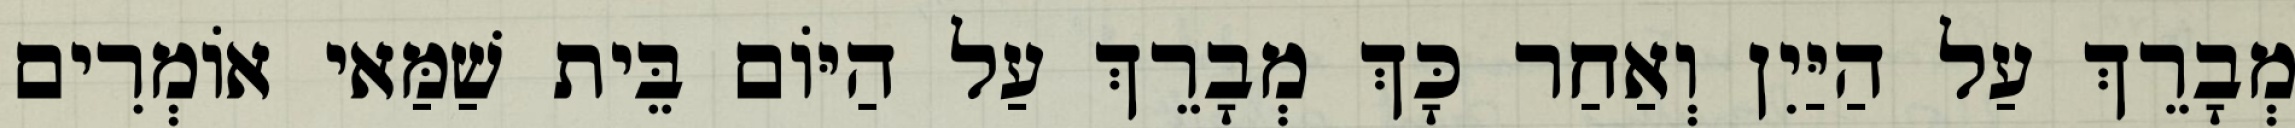
מְבָרֵךְ עַל הַיַּיִן וְאַחַר כָּךְ מְבָרֵךְ עַל הַיּוֹם בֵּית שַׁמַּאי אוֹמְרִים